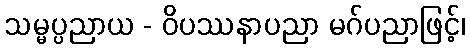
သမ္မပ္ပညာယ - ဝိပဿနာပညာ မဂ်ပညာဖြင့်၊